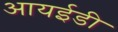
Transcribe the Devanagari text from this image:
आयईडी